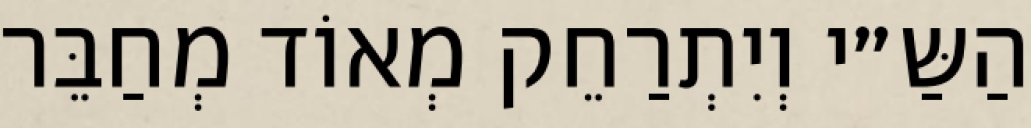
הַשַּ״י וְיִתְרַחֵק מְאוֹד מְחַבֵּר